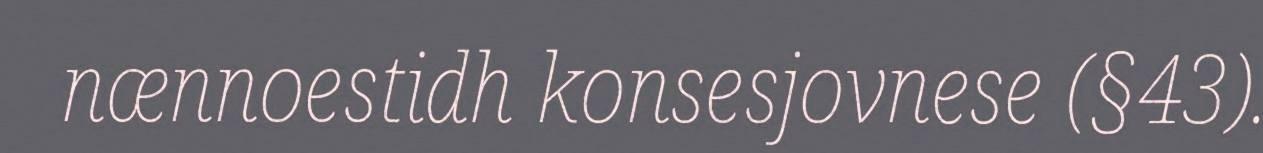
nænnoestidh konsesjovnese (§43).